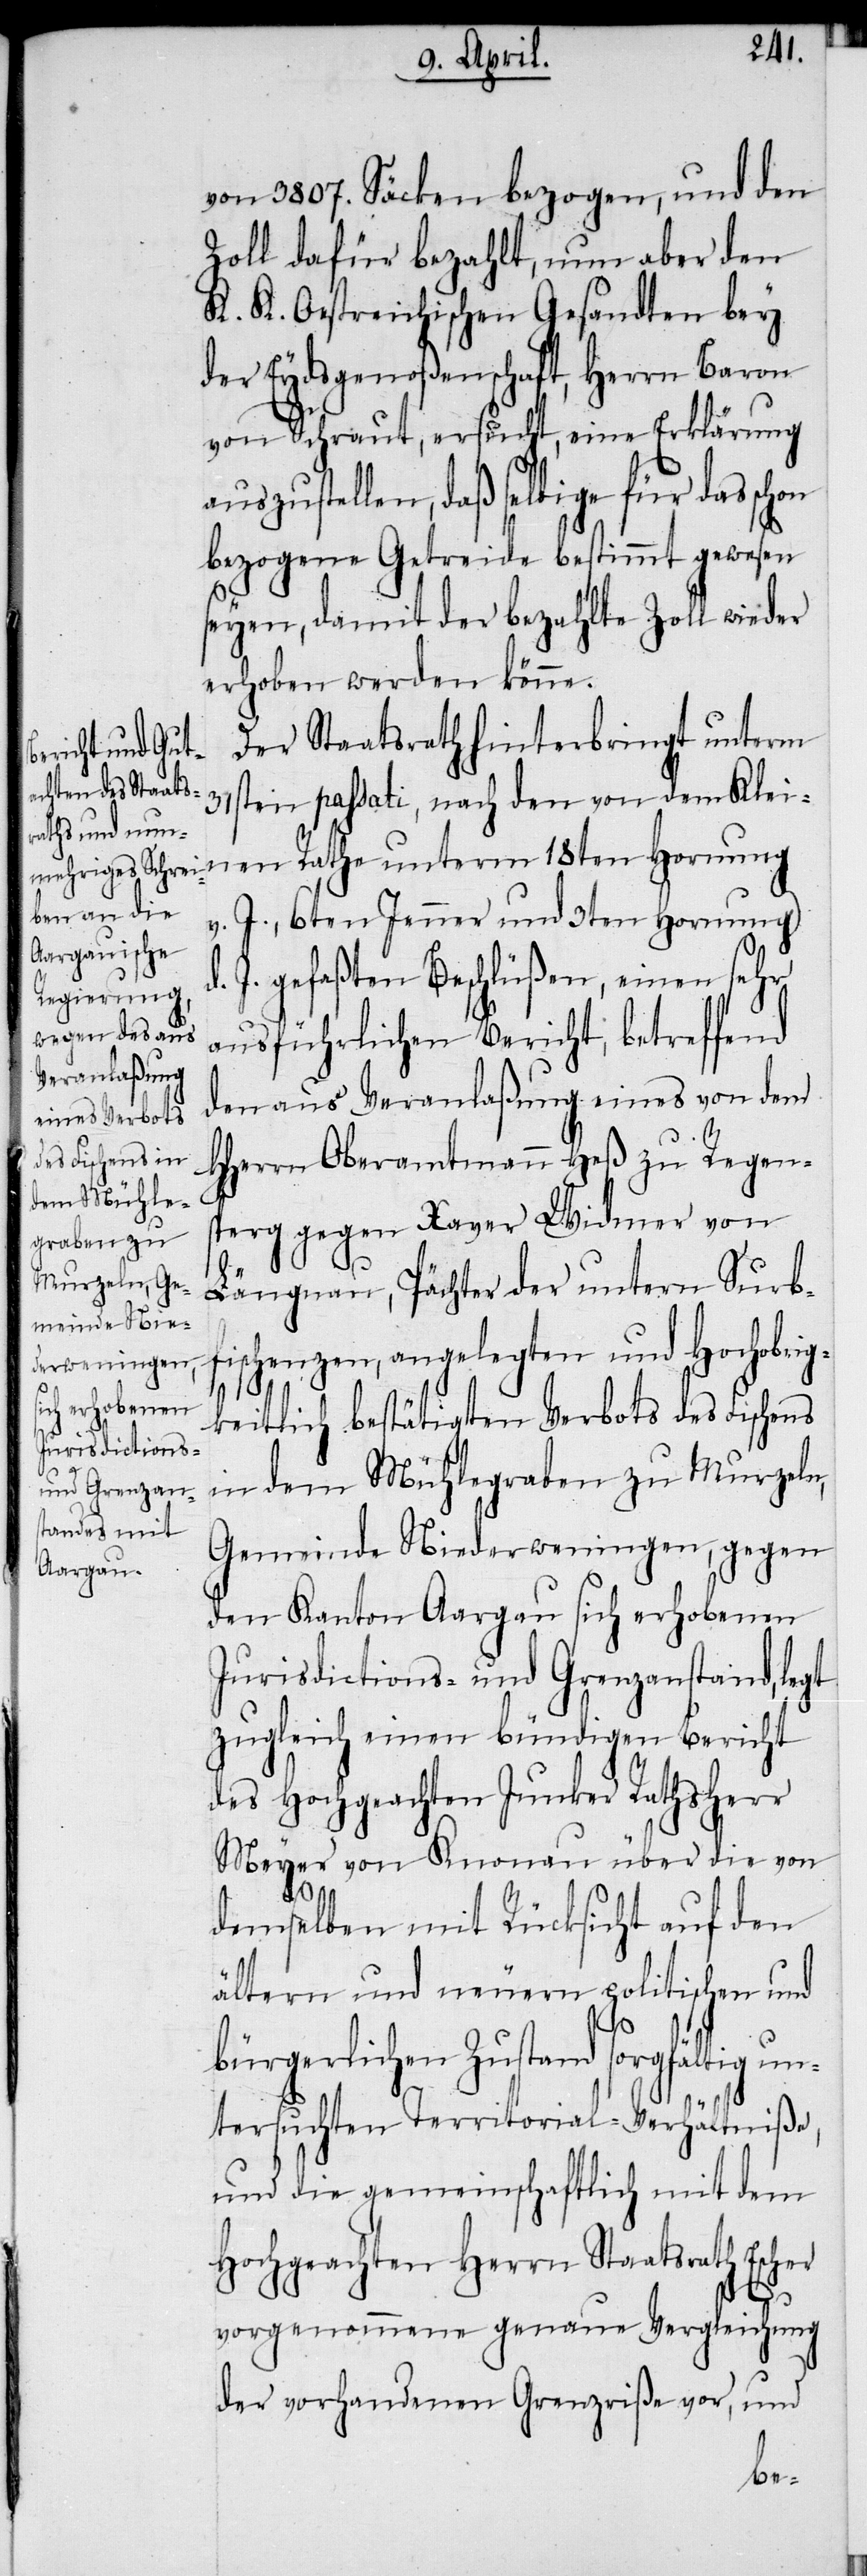
von 3807. Säcken bezogen, und den
Zoll dafür bezahlt, nun aber den
K. K. Oestreichischen Gesandten bey
der Eydsgenoßenschaft, Herrn Baron
von Schraut, ersucht, eine Erklärung
uszustellen, daß selbige für das schon
bezogene Getreide bestimmt gewesen
seyen, damit der bezahlte Zoll wieder
erhoben werden könne.
Der Staatsrath hinterbringt unterm
nen Rathe unterm 18ten Hornung
v. J., 6ten Jenner und 3ten Hornung
J. gefaßten Beschlüßen, einen sehr
ausführlichen Bericht, betreffend
den aus Veranlaßung eines von dem
HHerrn Oberamtmann Heß zu Regen¬
sperg gegen Xaver Widmer von
Längnau, Pächter der untern Surb¬
fischenzen, angelegten und Hochobrig¬
keitlich bestätigten Verbots des Fischens
dem
in dem Mühlegraben zu Murzeln,
Gemeinde Niederweningen, gegen
den Kanton Aargau sich erhobenen
Jurisdictions- und Grenzanstand, legt
zugleich einen bündigen Bericht
des Hochgeachten Junker Rathsherr
Meyer von Knonau über die von
demselben mit Rücksicht auf den
ältern und neuern politischen und
d.
bürgerlichen Zustand sorgfältig un¬
tersuchten Territorial-Verhältniße,
und die gemeinschaftlich mit dem
Hochgeachten Herrn Staatsrath Escher
vorgenommene genaue Vergleichung
der vorhandenen Grenzriße vor, und
Klei¬